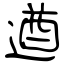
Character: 遒